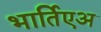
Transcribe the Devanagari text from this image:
भार्तिएअ